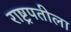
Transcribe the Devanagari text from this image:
राष्ट्रपतीला